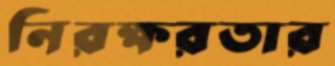
নিরক্ষরতার